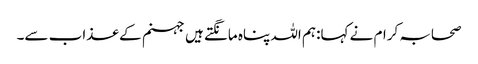
صحابہ کرام نے کہا:ہم اللہ پناہ مانگتے ہیں جہنم کے عذاب سے۔